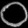
Digit: ၀